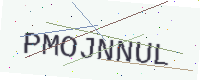
Text: PMOJNNUL